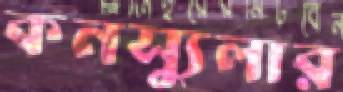
কনস্যুলার